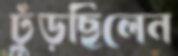
ঢুঁড়ছিলেন